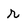
Character: r